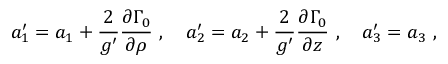
a _ { 1 } ^ { \prime } = a _ { 1 } + { \frac { 2 } { g ^ { \prime } } } { \frac { \partial \Gamma _ { 0 } } { \partial \rho } } \ , \quad a _ { 2 } ^ { \prime } = a _ { 2 } + { \frac { 2 } { g ^ { \prime } } } { \frac { \partial \Gamma _ { 0 } } { \partial z } } \ , \quad a _ { 3 } ^ { \prime } = a _ { 3 } \ ,